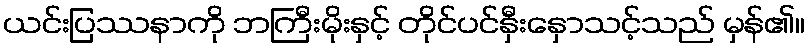
ယင်းပြဿနာကို ဘကြီးမိုးနှင့် တိုင်ပင်နှီးနှောသင့်သည် မှန်၏။